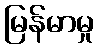
မြန်မာမှု